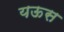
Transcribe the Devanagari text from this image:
यऊस